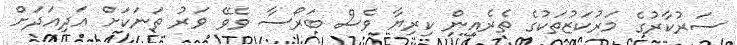
ސަރުކާރުގެ މަރުކަޒުތަކުގެ ތެރެއިން ކިރިޔާ ވެސް ބަރޯސާ ވެވޭ ވަރު ތަނަކަށް އަދިއަދަށް